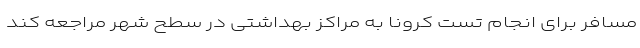
مسافر برای انجام تست کرونا به مراکز بهداشتی در سطح شهر مراجعه کند